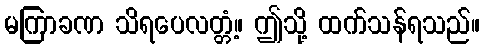
မကြာခဏ သိရပေလတ္တံ့။ ဤသို့ ထက်သန်ရသည်။